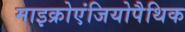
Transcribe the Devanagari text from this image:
माइक्रोएंजियोपैथिक